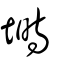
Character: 塒